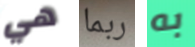
هي ربما به